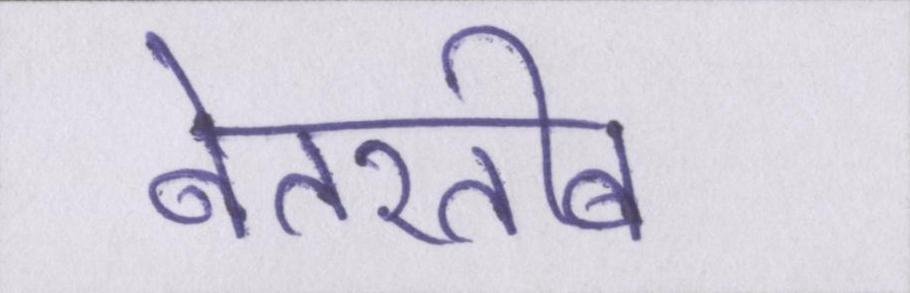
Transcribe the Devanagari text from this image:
बेतरतीब